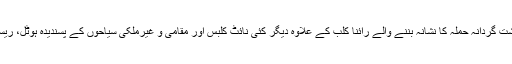
یہ وہی علاقہ ہے، جہاں دہشت گردانہ حملہ کا نشانہ بننے والے رائنا کلب کے علاوہ دیگر کئی نائٹ کلبس اور مقامی و غیرملکی سیاحوں کے پسندیدہ ہوٹل، ریسٹورنٹ اور پارک واقع ہیں۔